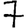
Digit: 7